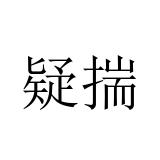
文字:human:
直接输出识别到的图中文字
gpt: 疑揣